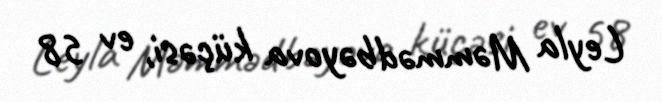
Leyla Məmmədbəyova küçəsi, ev 58